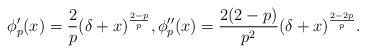
LaTeX: \begin{align*} \phi_p'(x) = \frac{2}{p} (\delta + x)^{\frac{2-p}{p}}, \phi_p''(x) = \frac{2(2-p)}{p^2} (\delta + x)^{\frac{2-2p}{p}}.\end{align*}